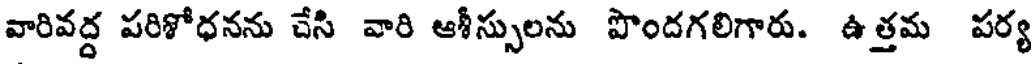
వారివద్ద పరిశోధనను చేసి వారి ఆశీస్సులను పొందగలిగారు. ఉత్తమ పర్య